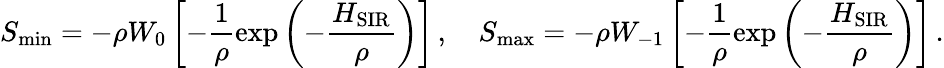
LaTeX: S_{\operatorname*{min}}=-\rho W_{0}\left[-\frac{1}{\rho}\exp\left(-\frac{H_{\mathrm{SIR}}}{\rho}\right)\right]\, ,\quad S_{\operatorname*{max}}=-\rho W_{-1}\left[-\frac{1}{\rho}\exp\left(-\frac{H_{\mathrm{SIR}}}{\rho}\right)\right]\, .